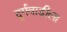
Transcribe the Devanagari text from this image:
दुर्गवाडीला